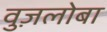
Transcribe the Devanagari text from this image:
वुज़लोबा